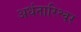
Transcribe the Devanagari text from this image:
अर्धनारिश्वर